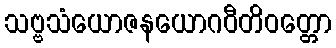
သဗ္ဗသံယောဇနယောဂဝီတိဝတ္တော